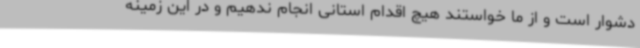
دشوار است و از ما خواستند هیچ اقدام استانی انجام ندهیم و در این زمینه